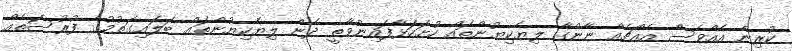
ކުރިން އެއްވެސް އެއްޗެއް ނާންގާ ލިޔެކިޔުންތައް ހުށަހަޅާފައިނުވާތީ ދެން ލިޔެކިޔުންތައް ބަލައިގަތުމުގެ ފުރުސަތެއް